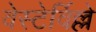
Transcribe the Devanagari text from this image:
वेस्टेर्विल्ले